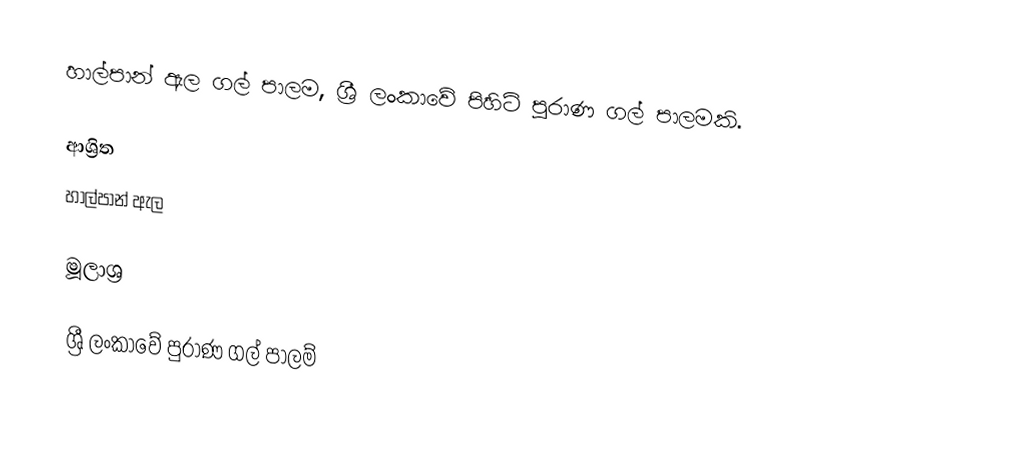
හාල්පාන් ඇල ගල් පාලම, ශ්‍රී ලංකාවේ පිහිටි පුරාණ ගල් පාලමකි.

ආශ්‍රිත
 හාල්පාන් ඇල

මූලාශ්‍ර

ශ්‍රී ලංකාවේ පුරාණ ගල් පාලම්